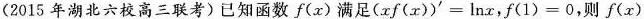
2015年湖北六校高三联考)已知函数f(x)满足(xf(x))'=lnx，f(1)=0，则f(x)